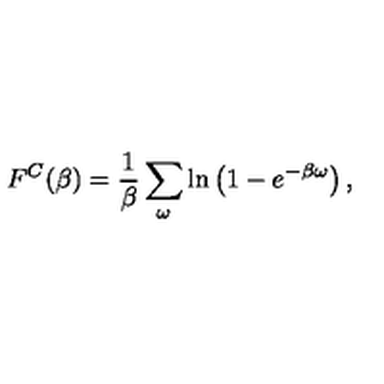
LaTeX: F ^ { C } ( \beta ) = { \frac { 1 } { \beta } } \sum _ { \omega } \ln \left( 1 - e ^ { - \beta \omega } \right) ,